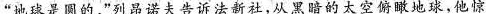
”地球是圆的”列昂诺夫告诉法新社，从黑暗的太空俯瞰地球，他惊